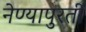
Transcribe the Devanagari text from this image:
नेण्यापुरती